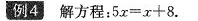
例4解方程：5x=x+8.